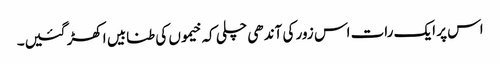
اس پر ایک رات اس زور کی آندھی چلی کہ خیموں کی طنابیں اکھڑ گئیں۔